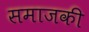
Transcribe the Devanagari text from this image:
समाजकी